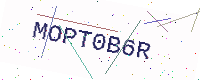
Text: MOPT0B6R